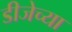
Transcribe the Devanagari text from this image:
डीजेच्या